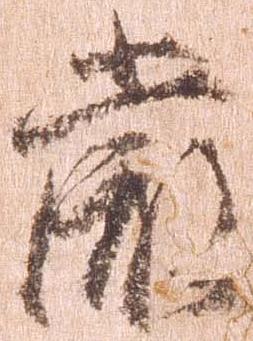
厳